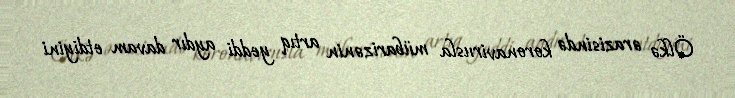
Ölkə ərazisində koronavirusla mübarizənin artıq yeddi aydır davam etdiyini